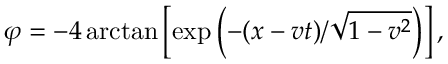
\varphi = - 4 \arctan \left[ \exp \left( - ( x - v t ) / \sqrt { 1 - v ^ { 2 } } \right) \right] ,